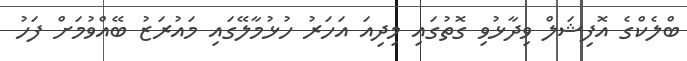
ބްލެކްގެ އޮފިޝަލް ވިދާޅުވި ގޮތުގައި މިދިއަ އަހަރު ހުޅުމާލޭގައި މައުރަޒު ބޭއްވުމަށް ފަހު